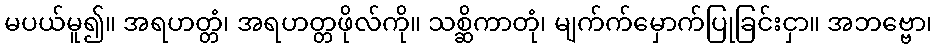
မပယ်မူ၍။ အရဟတ္တံ၊ အရဟတ္တဖိုလ်ကို။ သစ္ဆိကာတုံ၊ မျက်က်မှောက်ပြုခြင်းငှာ။ အဘဗ္ဗော၊